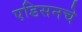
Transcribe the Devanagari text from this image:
एडिसनचे